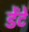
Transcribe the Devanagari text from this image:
डेंटे